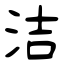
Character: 洁